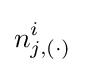
n_{j,(\cdot )}^{i}